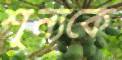
শূন্যকে